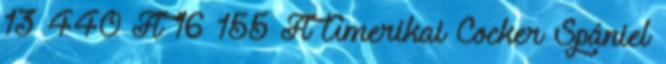
13 440 Ft 16 155 Ft Amerikai Cocker Spániel